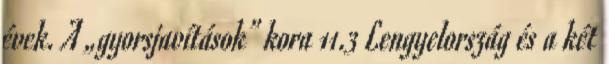
évek. A „gyorsjavítások” kora 11.3 Lengyelország és a két